Annual administration report of the Civil Veterinary Department of India - 1896-1897
Year: 1896
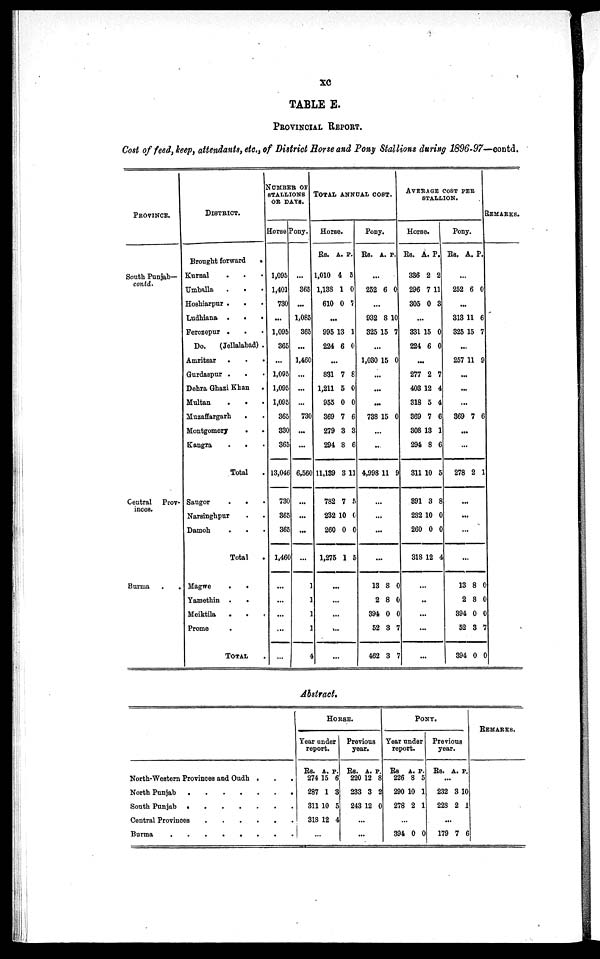
xc
TABLE E.
PROVINCIAL REPORT.
Cost of feed, keep, attendants, etc., of District Horse and Pony Stallions during 1896-97—contd.
PROVINCE.
South Punjab—
contd.
Central Prov-
inces.
Burma
.
.
DISTRICT.
Brought forward
.
Kurnal . . .
Umballa
. . .
Hoshiarpur . . .
Ludhiana .
.
.
Ferozepur . . .
Do.
(Jellalabad) .
Amritsar
.
.
.
Gurdaspur . . .
Dehra Ghazi Khan .
Multan
. . .
Muzaffargarh
. .
Montgomery
.
.
Kangra . . .
Total .
Saugor . . .
Narsinghpur . .
Damoh . . .
Total .
Magwe
.
.
Yamethin .
.
Meiktila
.
.
.
Prome .
TOTAL .
NUMBER OF
STALLIONS
OR DAYS.
Horse
1,095
1,401
730
...
1,095
365
...
1,095
1,095
1,095
365
330
365
13,046
730
365
365
1,460
...
...
...
...
...
Pony.
...
365
...
1,085
365
...
1,460
...
...
...
730
...
...
6,560
...
...
...
...
1
1
1
1
4
TOTAL ANNUAL COST.
Horse.
Rs. A. P.
1,010 4 5
1,138 1 0
610 0 7
...
995 13 1
224 6 0
...
831 7 8
1,211 5 0
955 0 0
369 7 6
279 3 3
294 8 6
11,189 3 11
782 7 5
232 10 0
260 0 0
1,275 1 5
...
...
...
...
...
Pony.
Rs. A. P.
...
252 6 0
...
932 8 10
325 15 7
...
1,030 15 0
...
...
...
738 15 0
...
..
4,998 11 9
...
...
...
...
13 8 0
2 8 0
394 0 0
52 3 7
462 3 7
AVERAGE COST PEE
STALLION.
Horse.
Rs. A. P.
336 2 2
296 7 11
305 0 3
...
331 15 0
224 6 0
...
277 2 7
403 12 4
318 5 4
369 7 6
308 13 1
294 8 6
311 10 5
891 3 8
232 10 0
260 0 0
318 12 4
...
...
...
...
...
Pony.
Rs. A. P.
...
252 6 0
...
313 11 6
325 15 7
...
257 11 9
...
...
...
369 7 6
...
...
278 2 1
...
...
...
...
13 8 0
2 8 0
394 0 0
52 3 7
394 0 0
REMARKS.
Abstract.
North-Western Provinces and Oudh . . .
North Punjab
.
.
.
.
.
.
.
South Punjab . . . . . . .
Central Provinces
.
.
.
.
.
.
Burma
.
.
.
.
.
.
.
.
HORSE.
Year under
report.
Rs. A. P.
274 15 6
287 1 3
311 10 5
318 12 4
...
Previous
year.
Rs. A. P.
220 12 8
233 3 2
243 12 0
...
...
PONY.
Year under
report.
Rs A. P.
226 8 5
290 10 1
278 2 1
394 0 0
Previous
year.
Rs. A. P.
...
232 3 10
228 2 1
...
179 7 6
REMARKS.